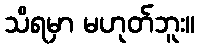
သိရမှာ မဟုတ်ဘူး။